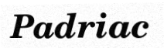
Padriac